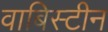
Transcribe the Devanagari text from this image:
वाबिस्टीन